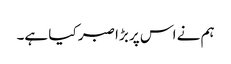
ہم نے اس پر بڑا صبر کیا ہے۔